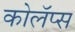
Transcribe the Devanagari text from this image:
कोलॅप्स